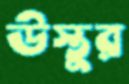
উস্তুর